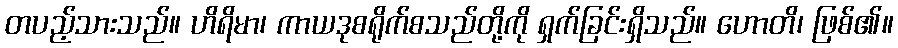
တပည့်သားသည်။ ဟိရိမာ၊ ကာယဒုစရိုက်စသည်တို့ကို ရှက်ခြင်းရှိသည်။ ဟောတိ၊ ဖြစ်၏။